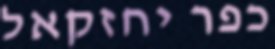
כפר יחזקאל